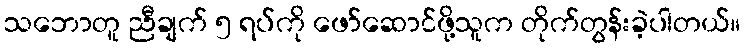
သဘောတူ ညီချက် ၅ ရပ်ကို ဖော်ဆောင်ဖို့သူက တိုက်တွန်းခဲ့ပါတယ်။